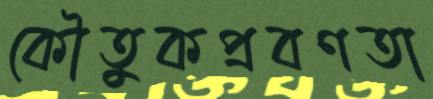
কৌতুকপ্রবণতা